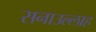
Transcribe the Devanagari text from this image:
सनाउल्‍लाह